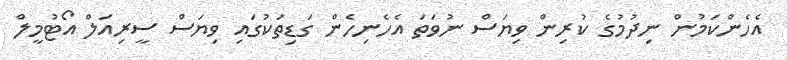
އެހެންކަމުން ނިދުމުގެ ކުރިން ވިޔަސް ނުވަތަ އެހެނިހެން ގަޑިތަކުގައި ވިޔަސް ސީރިއަލް އޯޓުމީލް